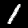
Label: 1